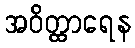
အဝိတ္ထာရေန